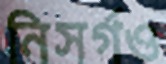
নিসর্গও